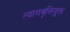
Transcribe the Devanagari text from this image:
त्यागवृत्तियुक्त